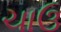
ચાઉ